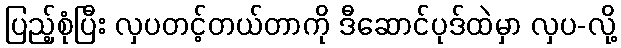
ပြည့်စုံပြီး လှပတင့်တယ်တာကို ဒီဆောင်ပုဒ်ထဲမှာ လှပ-လို့